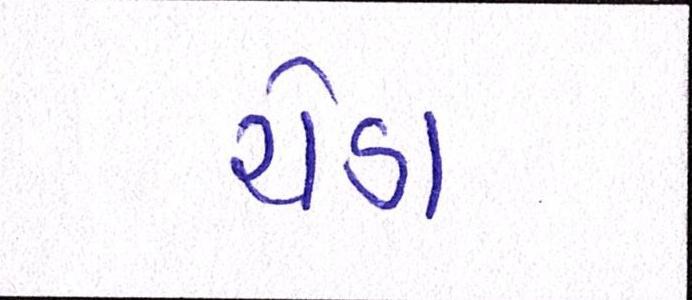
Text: ચેડા